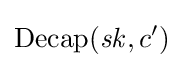
\operatorname {Decap} ({\mathit {sk}},c')